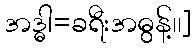
အဒ္ဓါ=ခရီးအဓွန့်၊၊]